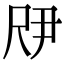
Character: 𫵗